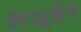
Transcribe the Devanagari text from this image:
लेजुईन